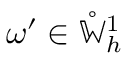
\omega ^ { \prime } \in \mathring { \mathbb { W } } _ { h } ^ { 1 }